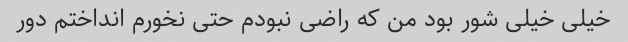
خیلی خیلی شور بود من که راضی نبودم حتی نخورم انداختم دور